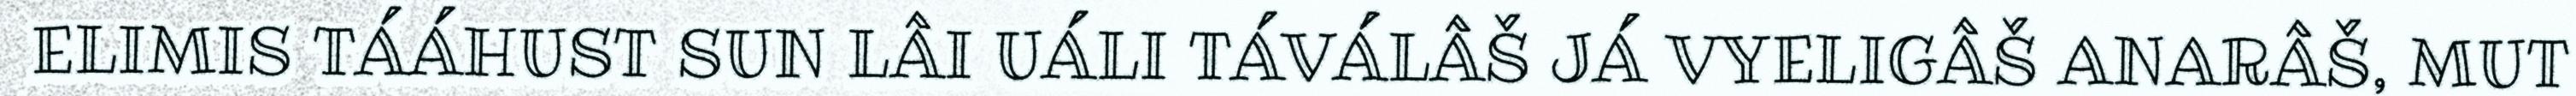
ELIMIS TÁÁHUST SUN LÂI UÁLI TÁVÁLÂŠ JÁ VYELIGÂŠ ANARÂŠ, MUT